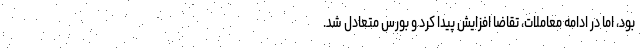
بود، اما در ادامه معاملات، تقاضا افزایش پیدا کرد و بورس متعادل شد.